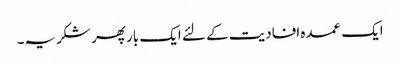
ایک عمدہ افادیت کے لئے ایک بار پھر شکریہ۔